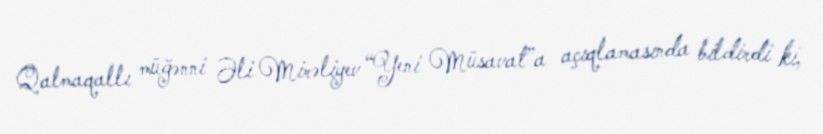
Qalmaqallı müğənni Əli Mirəliyev “Yeni Müsavat”a açıqlamasında bildirdi ki,